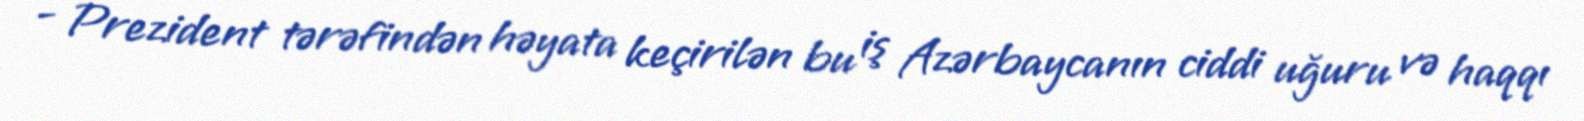
- Prezident tərəfindən həyata keçirilən bu iş Azərbaycanın ciddi uğuru və haqqı